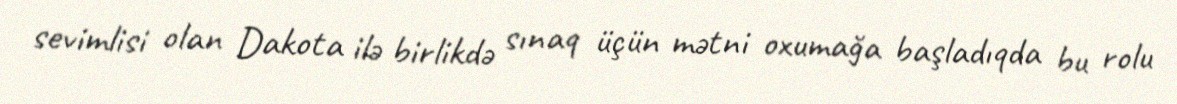
sevimlisi olan Dakota ilə birlikdə sınaq üçün mətni oxumağa başladıqda bu rolu